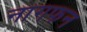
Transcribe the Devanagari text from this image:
नागफन